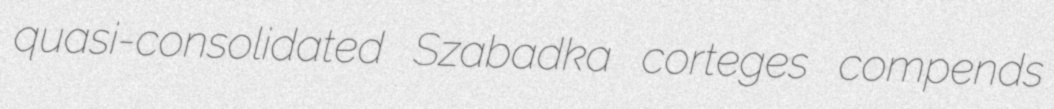
quasi-consolidated Szabadka corteges compends